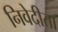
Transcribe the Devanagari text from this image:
निवेदीता